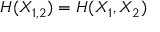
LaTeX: H ( X _ { 1 , 2 } ) = H ( X _ { 1 } , X _ { 2 } )